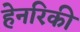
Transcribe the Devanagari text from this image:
हेनरिकी